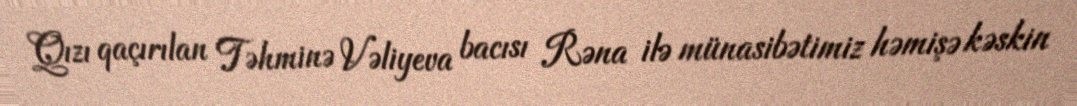
Qızı qaçırılan Təhminə Vəliyeva bacısı Rəna ilə münasibətimiz həmişə kəskin